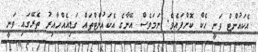
އެކައުންޓް ވަނީ ހެކް ކޮށްފައެވެ. ނަމަވެސް އޭނާގެ އެކައުންޓްތައް ގަޑިއެއްހާއިރު ތެރޭގައި ވަނީ